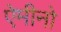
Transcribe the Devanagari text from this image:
ऐमीनो